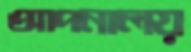
আপনালয়